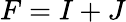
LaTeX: F=I+J